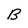
Character: B